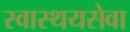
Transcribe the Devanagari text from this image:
स्वास्थयसेवा